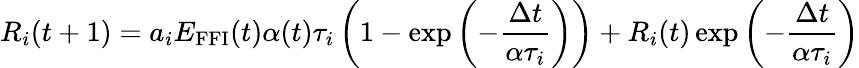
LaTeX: R_{i}(t+1)=a_{i}E_{\textrm{FFI}}(t)\alpha(t)\tau_{i}\left(1-\exp\left(-\frac{\Delta t}{\alpha\tau_{i}}\right)\right)+R_{i}(t)\exp\left(-\frac{\Delta t}{\alpha\tau_{i}}\right)